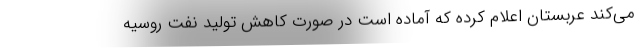
می‌کند عربستان اعلام کرده که آماده است در صورت کاهش تولید نفت روسیه